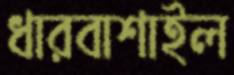
ধারবাশাইল